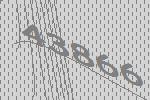
43866